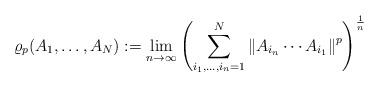
LaTeX: \begin{align*}\varrho_p(A_1,\ldots,A_N):=\lim_{n \to \infty} \left(\sum_{i_1,\ldots,i_n=1}^N \left\|A_{i_n}\cdots A_{i_1}\right\|^p \right)^{\frac{1}{n}}\end{align*}